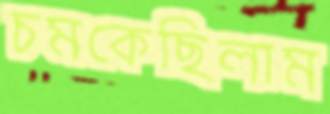
চমকেছিলাম